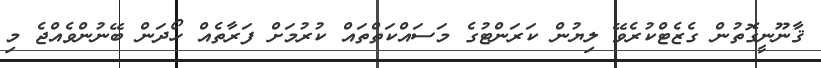
ޤާނޫނީގޮތުން ގެޒެޓްކުރެވޭ ލިޔުން ކަރަންޓުގެ މަސައްކަތްތައް ކުރުމަށް ފަރާތެއް ހޯދަން ބޭނުންވެއްޖެ މި